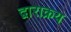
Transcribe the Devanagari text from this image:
द्वाराक्रय